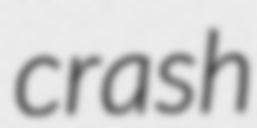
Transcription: crash